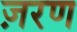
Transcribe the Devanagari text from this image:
ज़रण